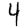
Digit: 4